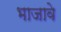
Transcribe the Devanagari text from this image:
भाजावे